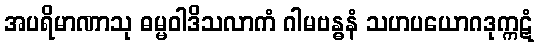
အပရိမာဏာသု ဓမ္မဝါဒိသလာကံ ဂါမဗန္ဓနံ သဟပယောဂဒုက္ကဋံ